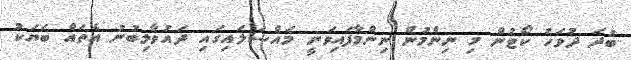
ބުދަ ދުވަހު ކޯޓުން މި ނިންމުން ނިންމާފައިވަނީ މައްސަލައިގައި ދައުވާލިބުނު އެތައް ބަޔަކު